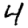
Digit: 4